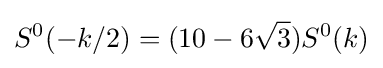
S^{0}(-k/2)=(10-6{\sqrt {3}})S^{0}(k)